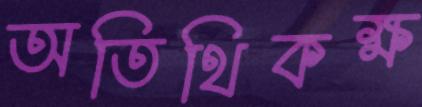
অতিথিকক্ষ